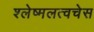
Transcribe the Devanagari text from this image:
श्लेष्मलत्वचेस